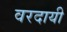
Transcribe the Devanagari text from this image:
वरदायी